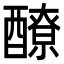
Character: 𨣀